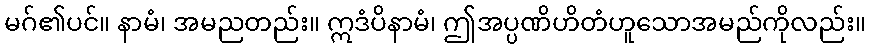
မဂ်၏ပင်။ နာမံ၊ အမညတည်း။ ဣဒံပိနာမံ၊ ဤအပ္ပဏိဟိတံဟူသောအမည်ကိုလည်း။